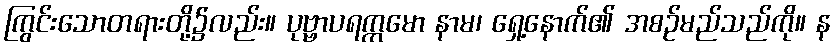
ကြွင်းသောတရားတို့၌လည်း။ ပုဗ္ဗာပရက္ကမော နာမ၊ ရှေ့နောက်၏ အစဉ်မည်သည်ကို။ န